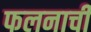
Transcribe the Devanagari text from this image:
फलनाची